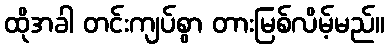
ထိုအခါ တင်းကျပ်စွာ တားမြစ်လိမ့်မည်။